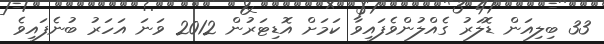
33 ބިލިއަން ޑޮލަރު ގެއްލުންވެފައިވާ ކަމަށް އޮޑިޓަރުން 2012 ވަނަ އަހަރު ބުނެފައިވެ